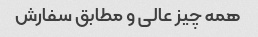
همه چیز عالی و مطابق سفارش